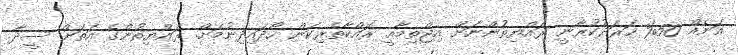
އަނެއް 50% ޚަރަދުކުރާނީ ރައްޔިތުންނަށް އިޖްތިމާޢީ ރައްކާތެރިކަން ހޯދައިދިނުމަށް. ރައްޔިތުންގެ އަތަށް ސީދާ